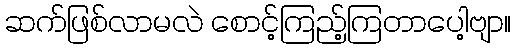
ဆက်ဖြစ်လာမလဲ စောင့်ကြည့်ကြတာပေါ့ဗျာ။